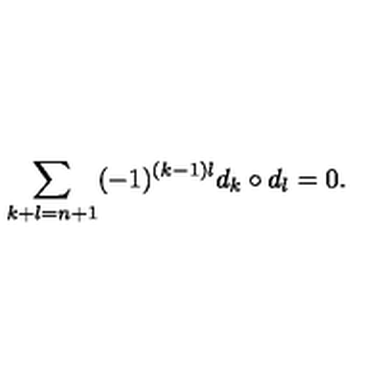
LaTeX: \sum _ { k + l = n + 1 } ( - 1 ) ^ { ( k - 1 ) l } d _ { k } \circ d _ { l } = 0 .